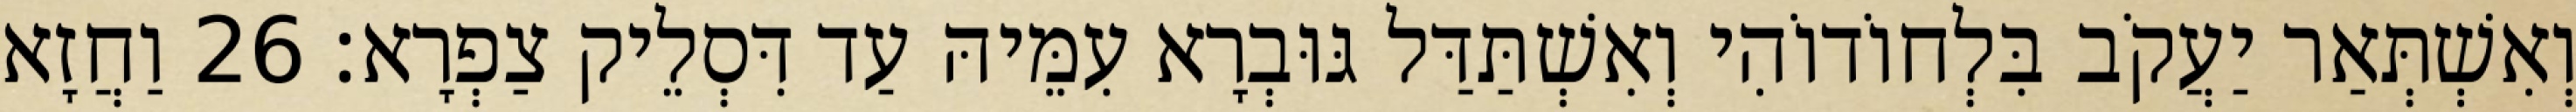
וְאִשְׁתְּאַר יַעֲקֹב בִּלְחוֹדוֹהִי וְאִשְׁתַּדַּל גּוּבְרָא עִמֵּיהּ עַד דִּסְלֵיק צַפְרָא׃ 26 וַחֲזָא